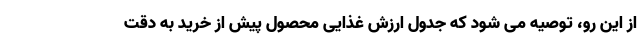
از این رو، توصیه می شود که جدول ارزش غذایی محصول پیش از خرید به دقت